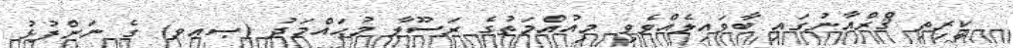
ކީރިތި ޤްރްއާނުގައި ބާވައިލެއްވެވި މިއުއްމަތުގެ ރަސޫލާ މުޙައްމަދު (ޞޢވ) ގެ ނަންފުޅު